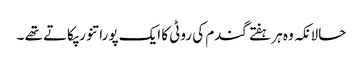
حالانکہ وہ ہر ہفتے گندم کی روٹی کا ایک پورا تنور پکاتے تھے ۔